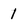
Character: 1